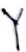
Text: Y